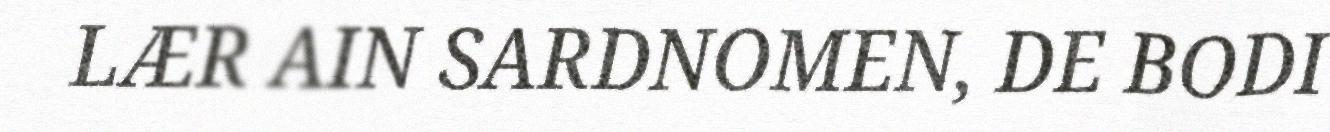
LÆR AIN SARDNOMEN, DE BODI